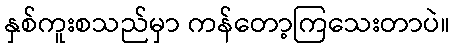
နှစ်ကူးစသည်မှာ ကန်တော့ကြသေးတာပဲ။